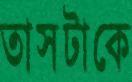
তাসটাকে